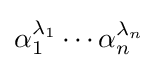
\alpha _{1}^{\lambda _{1}}\cdots \alpha _{n}^{\lambda _{n}}